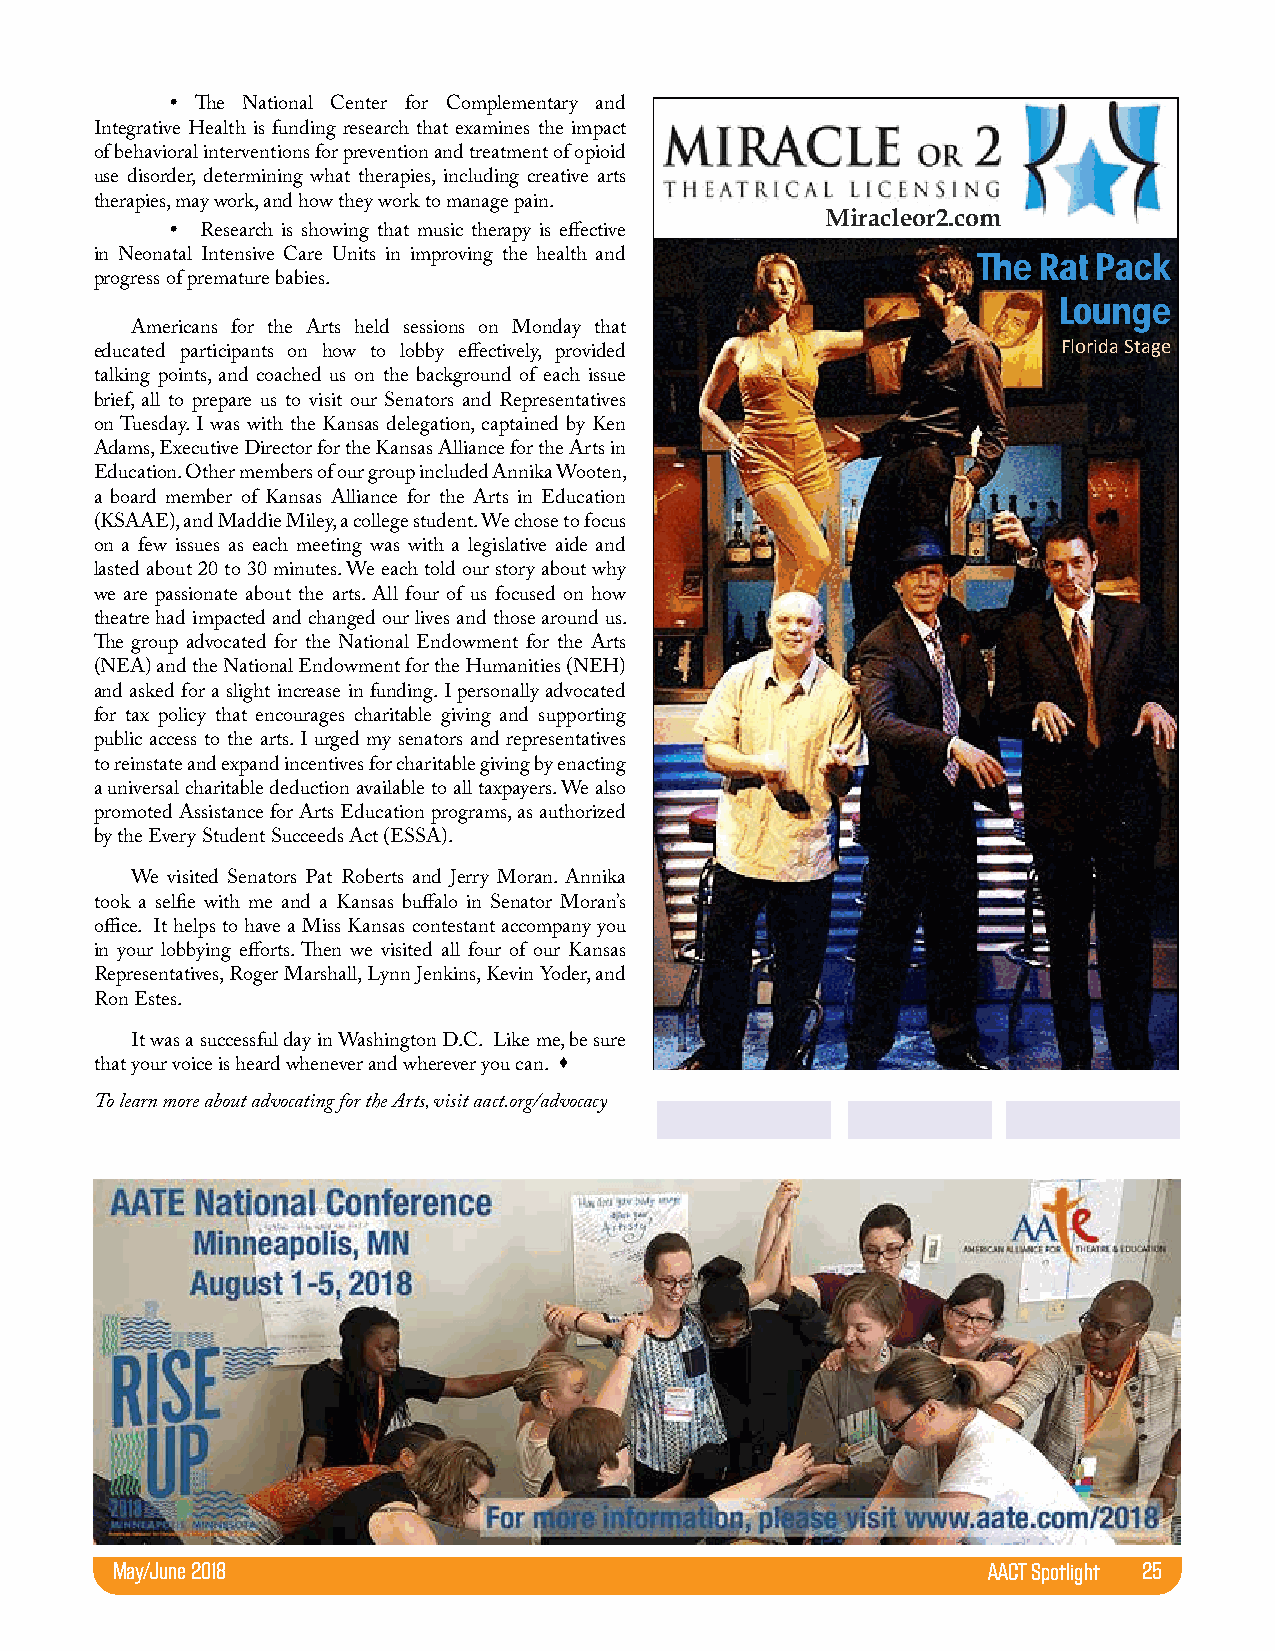

 The National Center for Complement ary and
 Integrative Health is1 f6u3n dAinmgs rteesredaracmh tAhvaet .e Sxaumitien e1s3 t2h e impact
 of behavioral interventions for pr eNveenwti oYno rakn,d N trYe a1t0m0e2n3t of opioid
 use disorder, determining what therapMieisr, aicnlceluodr2in.gc ocmrea tive arts
 therapies, may work, and how they work to manage pain.
 Miracleor2.com                               Join
 
 Research is showing that music therapy is effective
 in Neonatal Intensive Care Units in improving the health and The Rat Pack                     the
 progress of premature babies.
 FUN!
 Lounge
 Americans for the Arts held sessions on Monday that
 Florida Stage
 educated participants on how to lobby effectively, provided
 talking points, and coached us on the background of each issue
 brief, all to prepare us to …viasitt our Senators and Representatives
 on Tuesday. I was with the Kansas delegation, captained by Ken
 Miracleor2
 Adams, Executive Director for the Kansas Alliance for the Arts in
 .com!!!!
 Education. Other members of our group included Annika Wooten,
 a board member of Kansas Alliance for the Arts in Education
 (KSAAE), and Maddie Miley, a college student. We chose to focus
 on a few issues as each meeting was with a legislative aide and
 lasted about 20 to 30 minutes. We each told our story about why
 we are passionate about the arts. All four of us focused on how
 theatre had impacted and changed our lives and those around us.
 The group advocated for the National Endowment for the Arts
 (NEA) and the National Endowment for the Humanities (NEH)
 and asked for a slight increase in funding. I personally advocated
 for tax policy that encourages charitable giving and supporting
 public access to the arts. I urged my senators and representatives
 to reinstate and expand incentives for charitable giving by enacting
 a universal charitable deduction available to all taxpayers. We also
 promoted Assistance for Arts Education programs, as authorized
 by the Every Student Succeeds Act (ESSA).
 We visited Senators Pat Roberts and Jerry Moran. Annika
 took a selfie with me and a Kansas buffalo in Senator Moran’s
 office. It helps to have a Miss Kansas contestant accompany you
 in your lobbying efforts. Then we visited all four of our Kansas
 Representatives, Roger Marshall, Lynn Jenkins, Kevin Yoder, and
 Ron Estes.
 It was a successful day in Washington D.C. Like me, be sure
 
 that your voice is heard whenever and wherever you can.
 To learn more about advocating for the Arts, visit aact.org/advocacy
 May/June 2018                                             AACT Spotlight 25